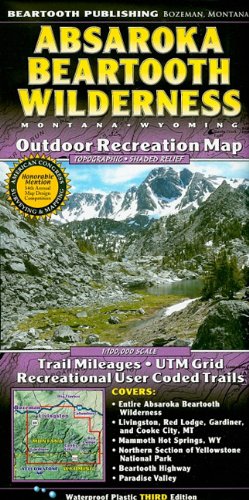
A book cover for Absaroka Beartooth Wilderness: Montana, Wyoming: Outdoor Recreation Map; Beartooth Mapping; Travel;